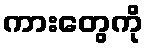
ကားတွေကို